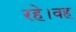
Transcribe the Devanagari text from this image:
रहे।वह